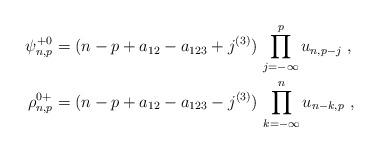
LaTeX: \begin{align*}\begin{aligned}\psi^{+0}_{n,p}&=(n-p+a_{12}-a_{123}+j^{(3)})\,\prod_{j=-\infty}^pu_{n,p-j}\ ,\\\rho^{0+}_{n,p}&=(n-p+a_{12}-a_{123}-j^{(3)})\,\prod_{k=-\infty}^nu_{n-k,p}\ ,\end{aligned}\end{align*}